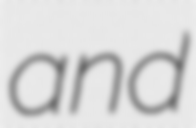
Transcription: and